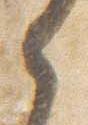
之